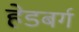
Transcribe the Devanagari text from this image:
हेडबर्ग